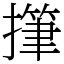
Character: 𢴩